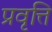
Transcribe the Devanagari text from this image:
प्रवृत्ति